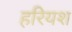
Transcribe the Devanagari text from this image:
हरियश